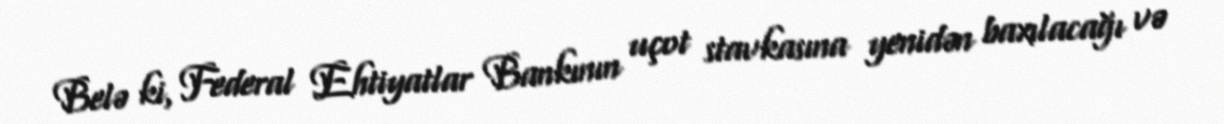
Belə ki, Federal Ehtiyatlar Bankının uçot stavkasına yenidən baxılacağı və